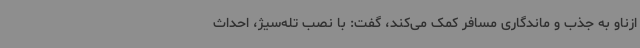
ازناو به جذب و ماندگاری مسافر کمک می‌کند، گفت: با نصب تله‌سیژ، احداث